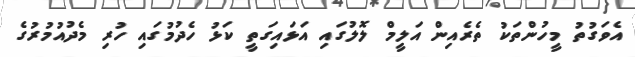
އެވަގުތު މީހުންތަކު ތެރެއިން އަލީމް ލޮލުގައި އަޅައިގަތީ ކަޅު ހެދުމުގައި ހުރި މެދުުއުމުރުގެ